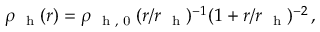
\rho _ { \mathrm { ~ \scriptsize ~ h ~ } } ( r ) = \rho _ { \mathrm { ~ \scriptsize ~ h ~ , ~ 0 ~ } } ( r / r _ { \mathrm { ~ \scriptsize ~ h ~ } } ) ^ { - 1 } ( 1 + r / r _ { \mathrm { ~ \scriptsize ~ h ~ } } ) ^ { - 2 } \, ,